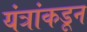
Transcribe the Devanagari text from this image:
यंत्रांकडून